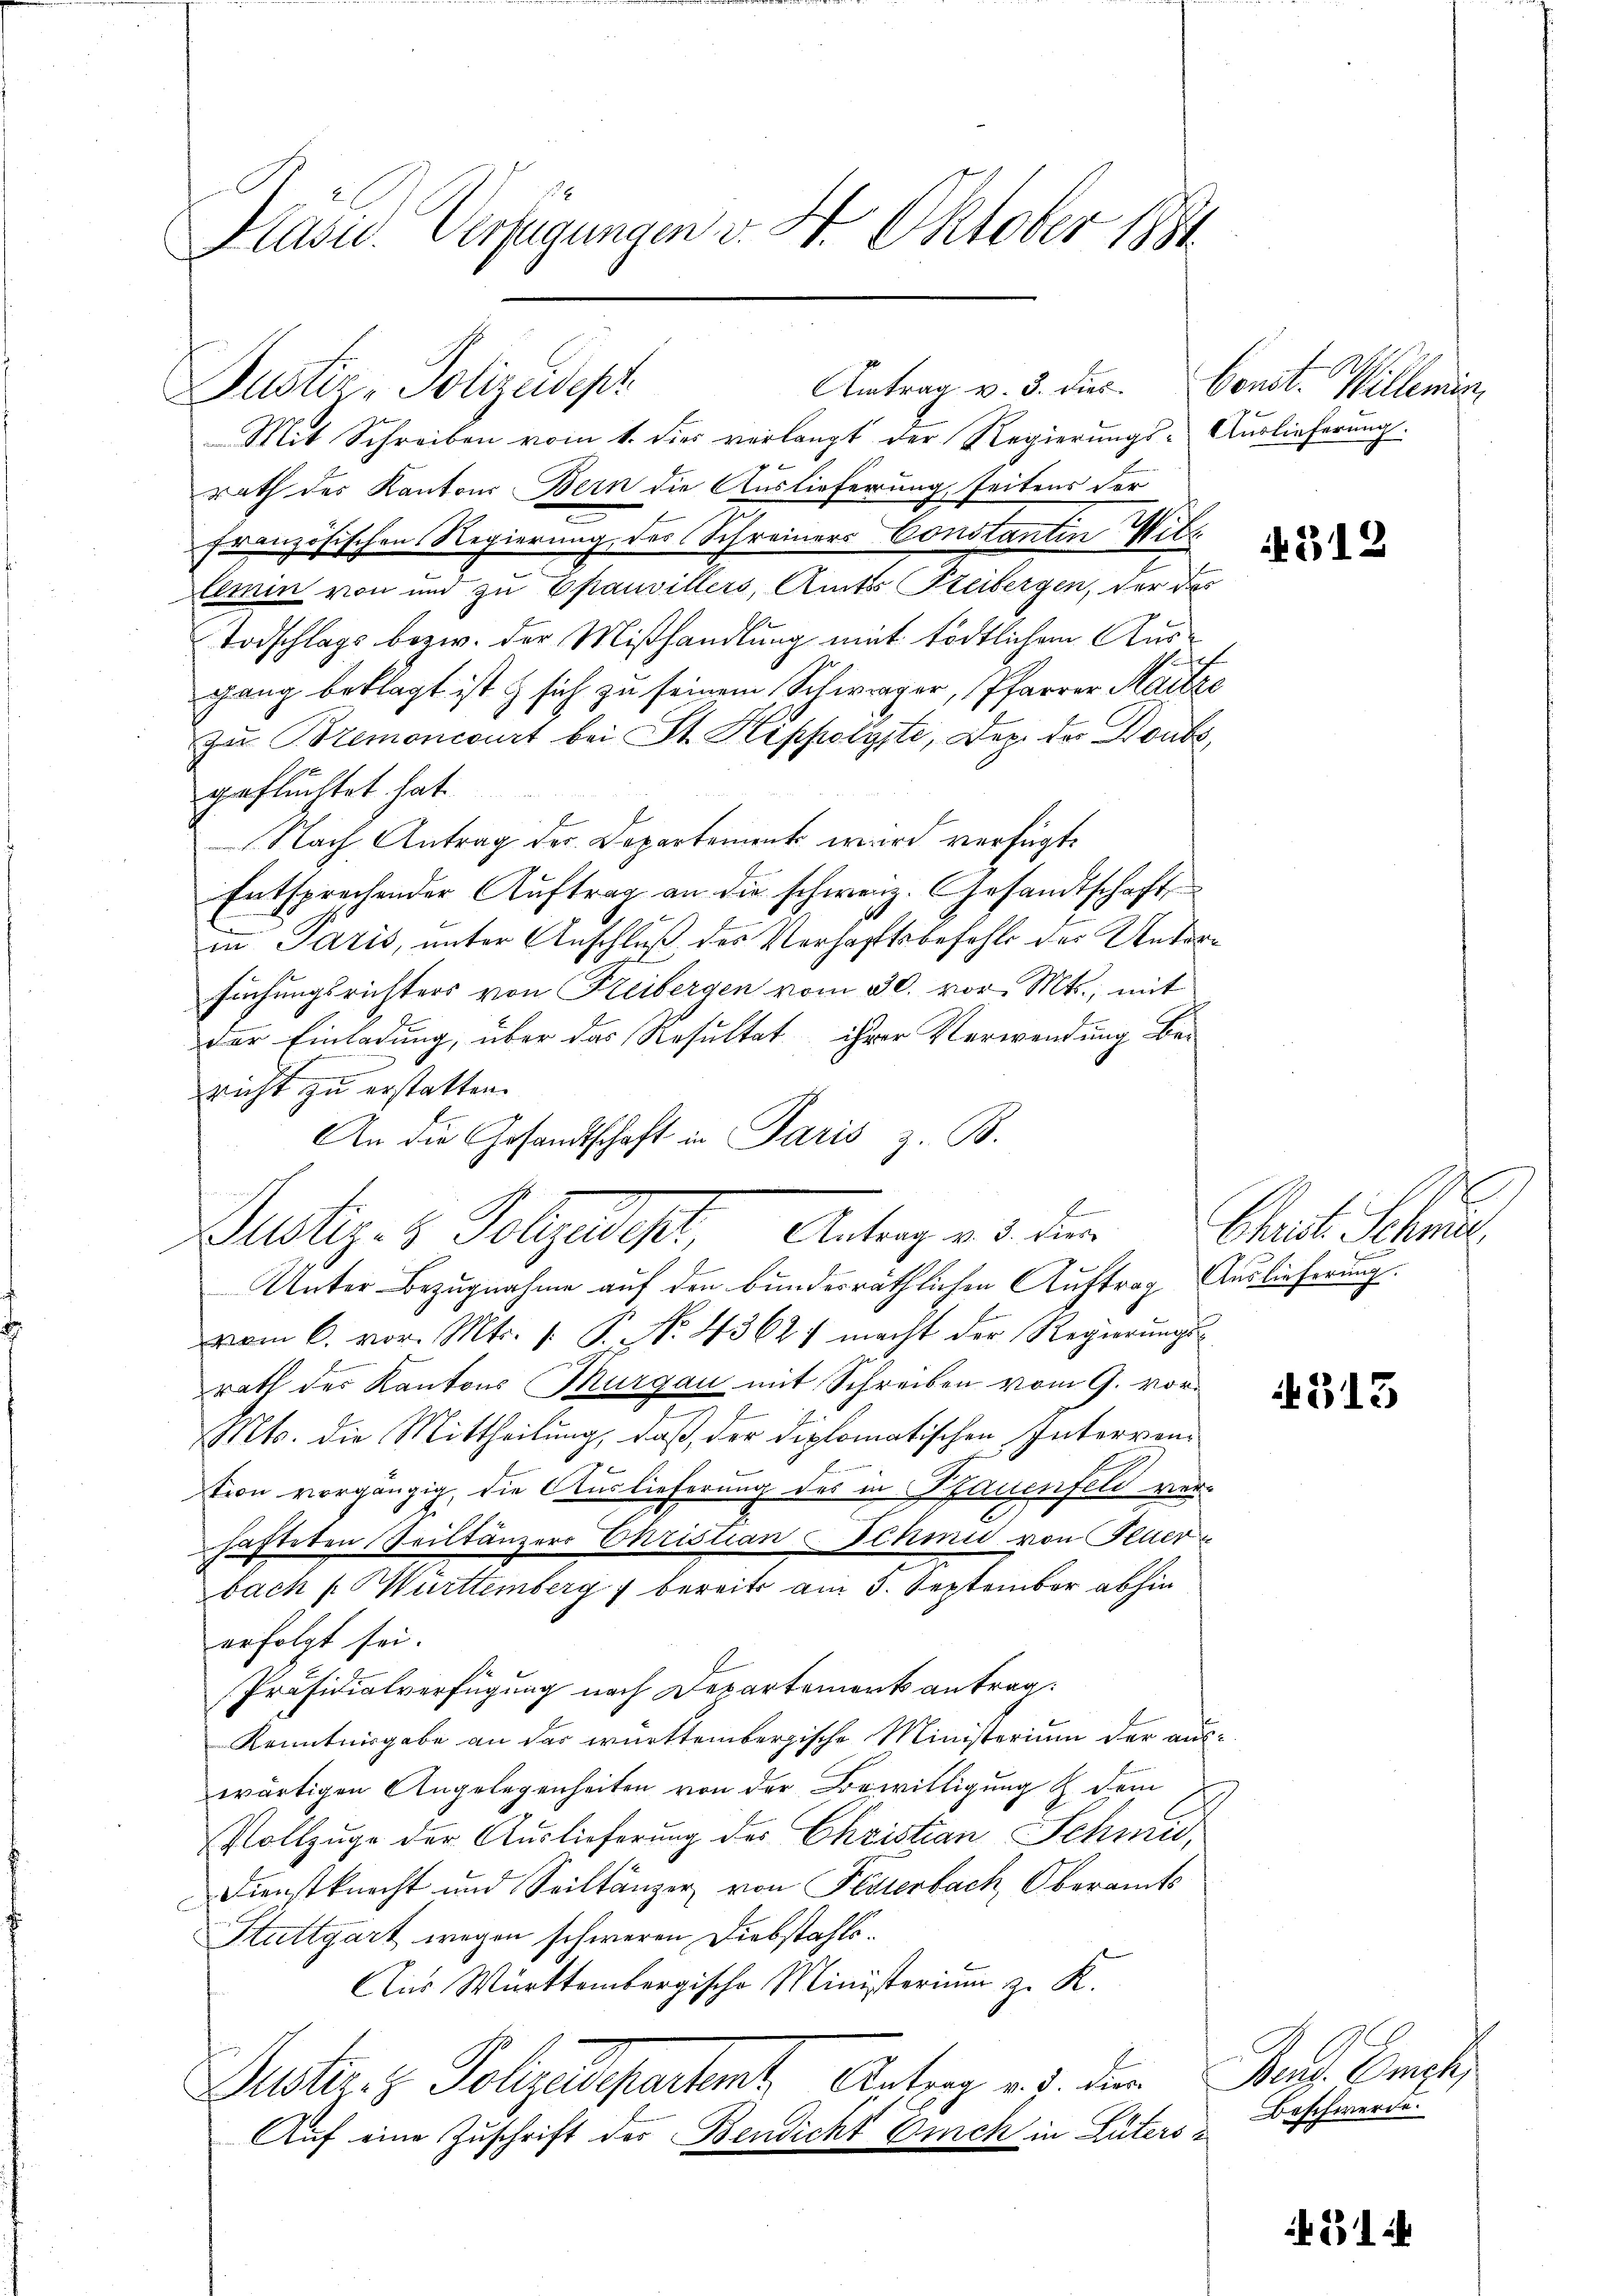
Präsid. Verfügungen v. 4. Oktober 1881

Antrag v. 3. dies. Const. Willemin
Justiz - Polizeidepr

Mit Schreiben vom 1. dies verlangt der Regierungs- Auslieferung.
rath des Kantons Bern die Auslieferung seitens der
französischen Regierung des Schreiners Constantin Willmin von und zu Epauvillers, Amts Steibergen, der des
Todschlags bezw. der Mißhandlung mit tödtlichem Ausgang beklagt ist & sich zu seinem Schwager, Pfarrer Raitze
u Bremoncourt bei St. Hippolyte, Dez. des Boubs,
geflüchtet hat.
Nach Antrag der Departement wird verfügt:
Entsprechender Auftrag an die schweiz. Gesandtschaft
in Paris, unter Anschluß des Verhaftsbefehls der Untersuchungsrichters von Freibergen vom 30. vor. Mts., mit
der Einladung, über das Resultat ihrer Verwendung bericht zu erstatten.
An die Gesandtschaft in Paris z. B.
Justiz- & Polizeidige Antrag es der
Unter Bezugnahme auf den bundesräthlichen Auftrag Auslieferung.
vom 6. vor. Mts. 1. P. Nr. 43621 macht der Regierŭngs-
rath der Kantons Thurgau mit Schreiben vom 9. vor¬
Mts. die Mittheilung, daß, der diplomatischen Interren¬
7
tion vorgängig, die Auslieferung des in Pfauenfeld ver-
hafteten Suiltänzers Christian Schmid von Peter
bach f. Württemberg  bereits am 5. September abhin
erfolgt sei.
Präsidialverfügung nach Departement antrag.
Kenntnisgabe an der württembergische Ministerium der aus-
wärtigen Angelegenheiten von der Bewilligung & dem
Vollzuge der Auslieferung des Christian Schmid,
Dienstknecht und Seiltänzer von Festerbach, Oberamts
Stuttgart wegen schweren Diebstahlo¬
Aus Württembergische Ministerium zu K.
Duster. z. Polizedepartent Antrag v. d. der Kauf. Enge,
Auf eine Zuschrift der Bendicht Euch in Güters i

E

312

e
Christe Schmid

G13

Beschwerde.

1